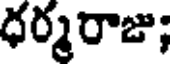
ధర్మరాజు;